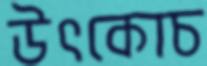
উৎকোচ